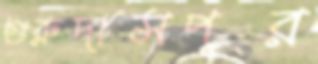
গুরুদাসপুর